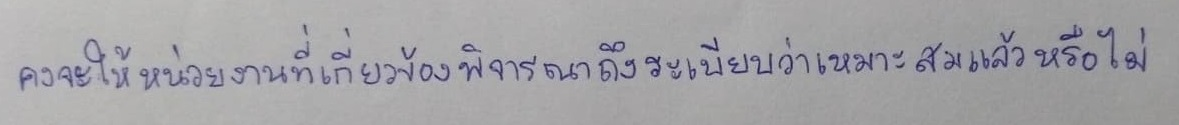
คงจะให้หน่วยงานที่เกี่ยวข้องพิจารณาถึงระเบียบว่าเหมาะสมแล้วหรือไม่